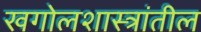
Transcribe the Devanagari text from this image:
खगोलशास्त्रांतील